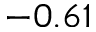
- 0 . 6 1